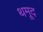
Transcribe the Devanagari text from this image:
थमूद